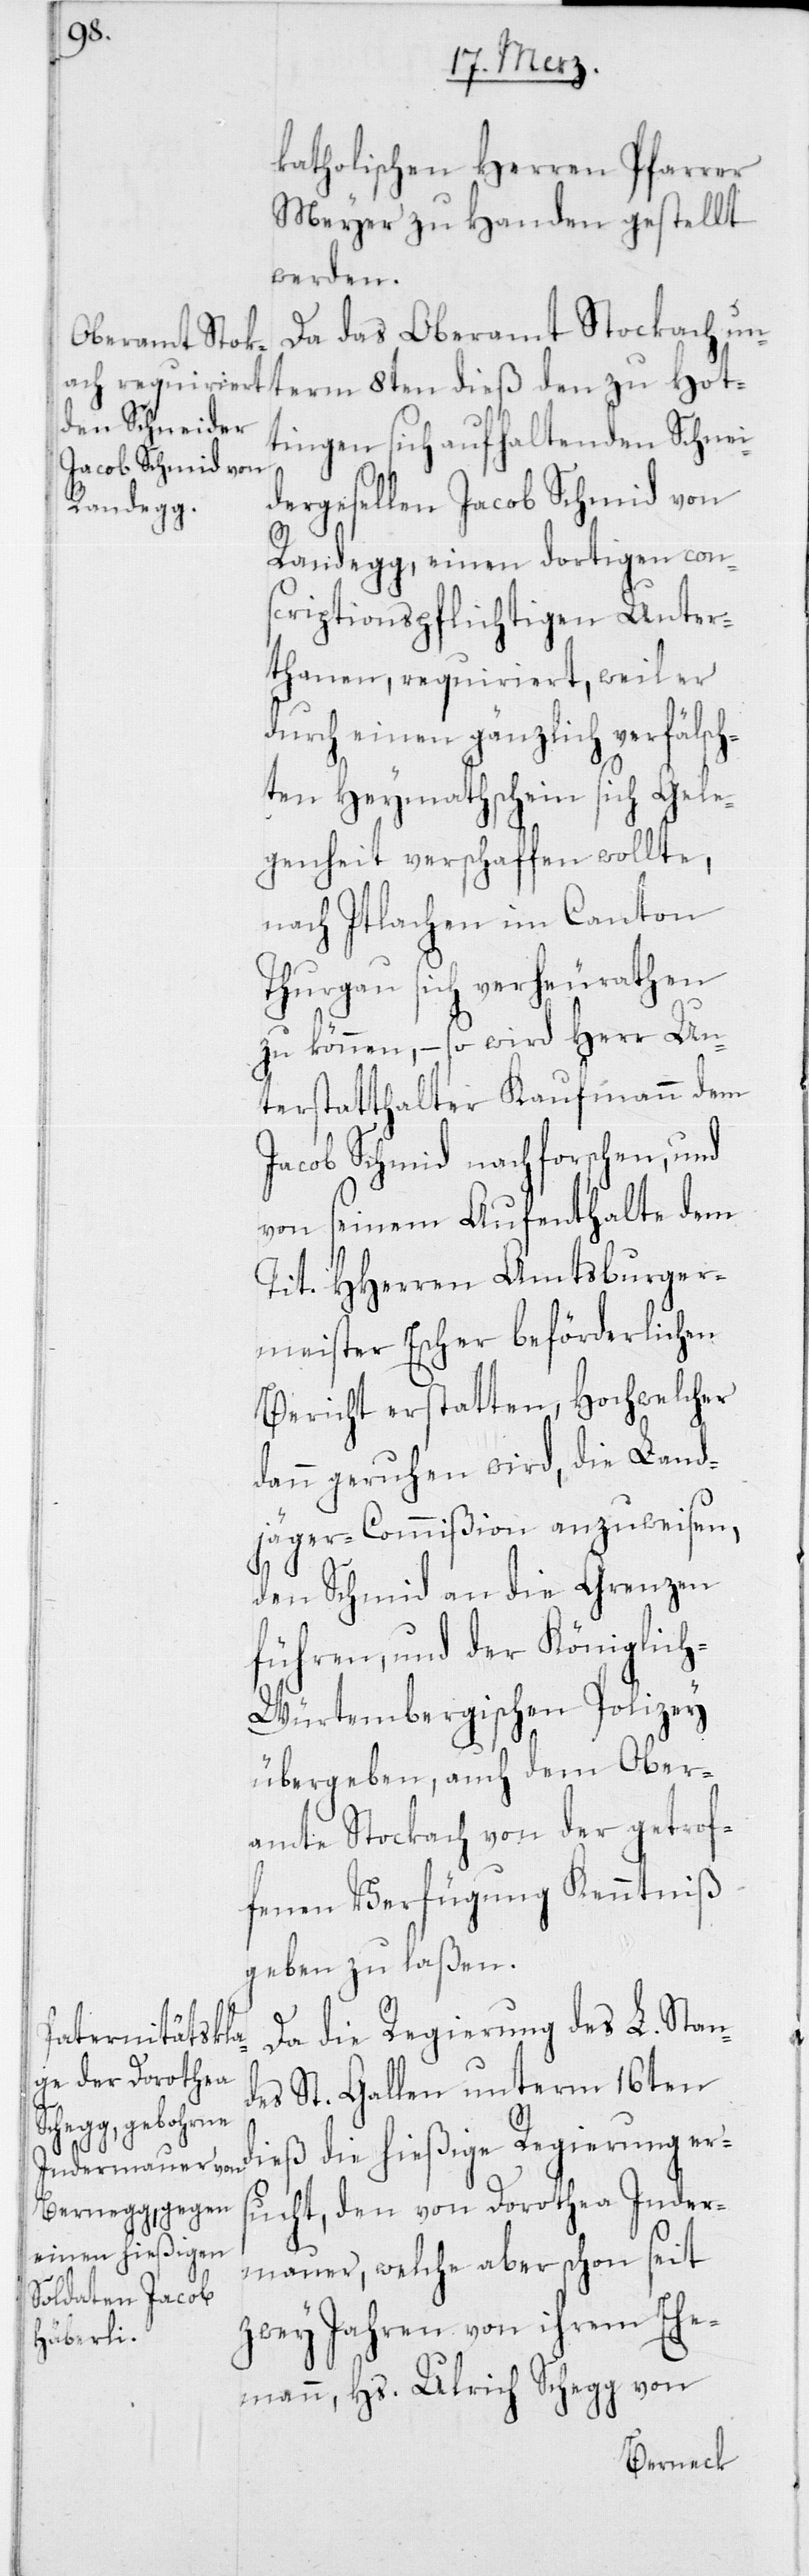
Un¬

katholischen Herren Pfarrer
Meyer zu Handen gestellt
werden.
Da das Oberamt Stockach un¬
term 8ten dieß den zu Hot¬
tingen sich aufhaltenden Schnei¬
dergesellen Jacob Schmid von
Randegg, einen dortigen cons¬
criptionspflichtigen Unter¬
thanen, requiriert, weil er
durch einen gänzlich verfälsch¬
ten Heymathschein sich Gele¬
genheit verschaffen wollte,
nach Itlachen im Canton
Thurgau sich verheurathen
zu können, – so wird der Herr
terstatthalter Kaufmann dem
Jacob Schmid nachforschen, und
von seinem Aufenthalte dem
Tit. HHerren Amtsburger¬
meister Escher beförderlichen
Bericht erstatten, Hochwelcher
dann geruhen wird, die Land¬
jäger-Commißion anzuweisen,
den Schmid an die Grenzen
führen, und der Königlic¬
h-Würtembergischen Polizey
übergeben, auch dem Ober¬
amte Stockach von der getrof¬
fenen Verfügung Kenntniß
geben zu laßen.
Da die Regierung des L. Stan¬
des St. Gallen unterm 16ten
dieß die hießige Regierung ers¬
ucht, den von Dorothea Inder¬
mauer, welche aber schon seit
zwey Jahren von ihrem Ehe¬
mann, Hs. Ulrich Schegg von